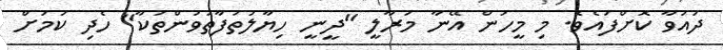
ދައުވާ ކޮށްފައެވެ. މި މީހުން އޭނާ މަރާލީ "ދީނީ ހިޔާލުތަފާތުވުންތަކާ" ހެދި ކަމަށް